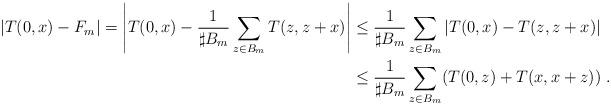
LaTeX: \begin{align*}|T(0,x) - F_m| = \left| T(0,x)-\frac{1}{\sharp B_m}\sum_{z\in B_m} T(z,z+x)\right| &\le \frac{1}{\sharp B_m}\sum_{z\in B_m}|T(0,x)-T(z,z+x)| \\&\le \frac{1}{\sharp B_m}\sum_{z\in B_m}(T(0,z)+T(x,x+z))\ .\end{align*}